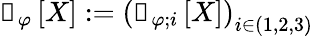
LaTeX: \boldsymbol{\mathscr{f}}_{\varphi}\left[X\right]:=\left(\boldsymbol{\mathscr{f}}_{\varphi;i}\left[X\right]\right)_{i\in(1,2,3)}